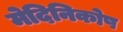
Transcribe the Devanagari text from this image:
मेदिनिकोष